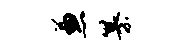
兼纂